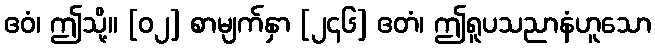
ဧဝံ၊ ဤသို့။ [၀၂] စာမျက်နှာ [၂၄၆] ဧတံ၊ ဤရူပသညာနံဟူသော